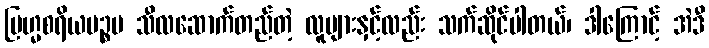
ဗြဟ္မစရိယပဉ္စမ သီလဆောက်တည်တဲ့ လူများနှင့်လည်း သက်ဆိုင်ပါတယ်၊ ဒါကြောင့် အဲဒီ